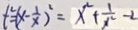
t ^ { 2 } = ( x - \frac { 1 } { x } ) ^ { 2 } = x ^ { 2 } + \frac { 1 } { x ^ { 2 } } - 2